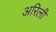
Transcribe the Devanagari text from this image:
अरिली